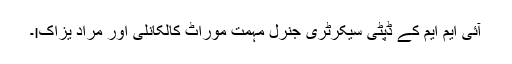
آئی ایم ایم کے ڈپٹی سیکرٹری جنرل مہمت موراٹ کالکانلی اور مراد یزاکı۔